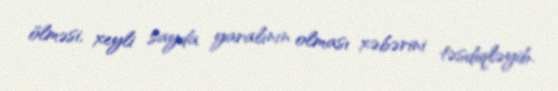
ölməsi, xeyli sayda yaralının olması xəbərini təsdiqləyib.